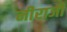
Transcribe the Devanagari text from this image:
नीराजी